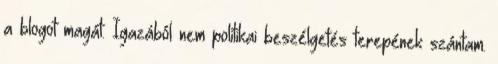
a blogot magát. Igazából nem politikai beszélgetés terepének szántam.